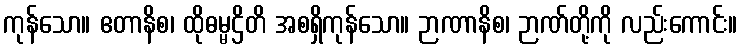
ကုန်သော။ ဧတာနိစ၊ ထိုဓမ္မဌိတိ အစရှိကုန်သော။ ဉာဏာနိစ၊ ဉာဏ်တို့ကို လည်းကောင်း။